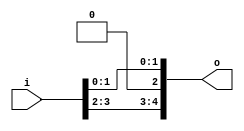
module bsg_unconcentrate_static_1b
(
  i,
  o
);

  input [3:0] i;
  output [4:0] o;
  wire [4:0] o;
  wire o_4_,o_3_,o_1_,o_0_;
  assign o[2] = 1'b0;
  assign o_4_ = i[3];
  assign o[4] = o_4_;
  assign o_3_ = i[2];
  assign o[3] = o_3_;
  assign o_1_ = i[1];
  assign o[1] = o_1_;
  assign o_0_ = i[0];
  assign o[0] = o_0_;

endmodule